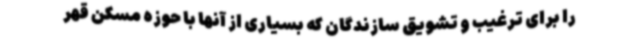
را برای ترغیب و تشویق سازندگان که بسیاری از آنها با حوزه مسکن قهر